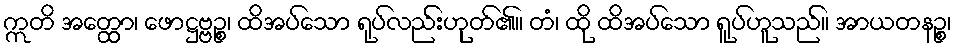
ဣတိ အတ္ထော၊ ဖောဋ္ဌဗ္ဗဉ္စ၊ ထိအပ်သော ရုပ်လည်းဟုတ်၏။ တံ၊ ထို ထိအပ်သော ရူပ်ဟူသည်။ အာယတနဉ္စ၊